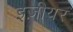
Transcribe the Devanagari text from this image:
इज़ीयर